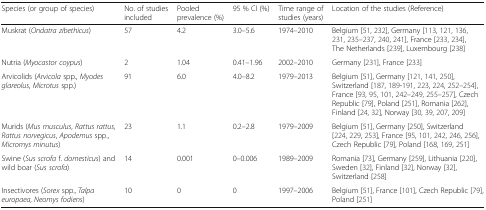
| Species (or group of species) | No. of studies included | Pooled prevalence (%) | 95 % CI (%) | Time range of studies (years) | Location of the studies (Reference) |
 | --- | --- | --- | --- | --- | --- |
 | Muskrat (Ondatra zibethicus) | 57 | 4.2 | 3.0–5.6 | 1974–2010 | Belgium [51, 232], Germany [113, 121, 136, 231, 235–237, 240, 241], France [233, 234], The Netherlands [239], Luxembourg [238] |
 | Nutria (Myocastor coypus) | 2 | 1.04 | 0.41–1.96 | 2002–2010 | Germany [231], France [233] |
 | Arvicolids (Arvicola spp., Myodes glareolus, Microtus spp.) | 91 | 6.0 | 4.0–8.2 | 1979–2013 | Belgium [51], Germany [121, 141, 250], Switzerland [187, 189-191, 223, 224, 252–254], France [93, 95, 101, 242–249, 255–257], Czech Republic [79], Poland [251], Romania [262], Finland [24, 32], Norway [30, 39, 207, 209] |
 | Murids (Mus musculus, Rattus rattus, Rattus norvegicus, Apodemus spp., Micromys minutus) | 23 | 1.1 | 0.2–2.8 | 1979–2009 | Belgium [51], Germany [250], Switzerland [224, 229, 253], France [95, 101, 242, 246, 256], Czech Republic [79], Poland [168, 169, 251] |
 | Swine (Sus scrofa f. domesticus) and wild boar (Sus scrofa) | 14 | 0.001 | 0–0.006 | 1989–2009 | Romania [73], Germany [259], Lithuania [220], Sweden [32], Finland [32], Norway [32], Switzerland [258] |
 | Insectivores (Sorex spp., Talpa europaea, Neomys fodiens) | 10 | 0 | 0 | 1997–2006 | Belgium [51], France [101], Czech Republic [79], Poland [251] |